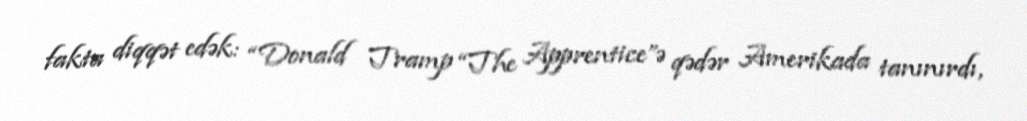
fakta diqqət edək: “Donald Tramp “The Apprentice”ə qədər Amerikada tanınırdı,